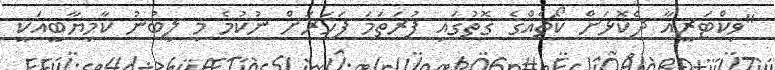
"ވިކްޓަރީއާ ދެކޮޅަށް ކޯޗެއްގެ ގޮތުގައި ފުރަތަމަ ފަހަރަށް ނުކުމެ މި ލިބުނު ކާމިޔާބީއަކީ